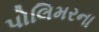
પોલિમરના